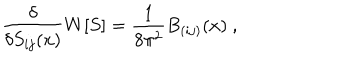
LaTeX: \frac { \delta } { \delta S _ { i j } ( x ) } { W } [ S ] = \frac { 1 } { 8 \pi ^ { 2 } } B _ { ( i j ) } ( x ) ~ ,